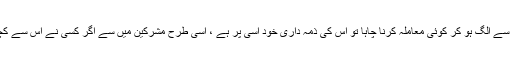
اب اگر مسلمانوں میں سے کسی نے اِن مشرکین کے ساتھ اِس سے الگ ہو کر کوئی معاملہ کرنا چاہا تو اُس کی ذمہ داری خود اُسی پر ہے ، اِسی طرح مشرکین میں سے اگر کسی نے اِس سے کچھ الگ امید باندھی تو اُس کی ذمہ داری بھی خود اُسی پر ہے۔